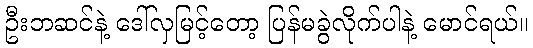
ဦးဘဆင်နဲ့ ဒေါ်လှမြင့်တော့ ပြန်မခွဲလိုက်ပါနဲ့ မောင်ရယ်။